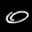
Label: 0